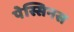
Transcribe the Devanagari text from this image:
पेस्सिनस